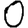
Digit: 0